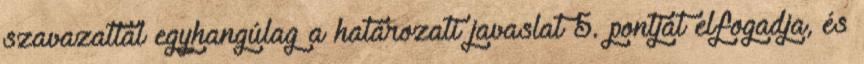
szavazattal egyhangúlag a határozati javaslat 5. pontját elfogadja, és